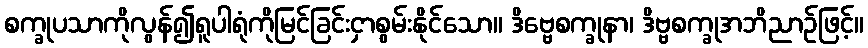
စက္ခုပသာကိုလွန်၍ရူပါရုံကိုမြင်ခြင်းငှာစွမ်းနိုင်သော။ ဒိဗ္ဗေစက္ခုနာ၊ ဒိဗ္ဗစက္ခုအဘိညာဉ်ဖြင့်။